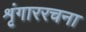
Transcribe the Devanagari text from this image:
शृंगाररचना